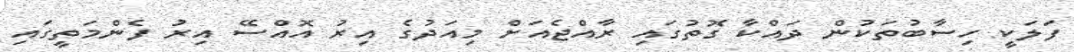
ފަލަކީ ހިސާބުތަކުން ދައްކާ ގޮތުގައި ރާއްޖެއަށް މިއަދުގެ އިރު އޮއްސޭ އިރު ފެންމަތީގައި